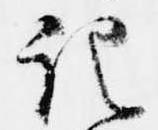
記